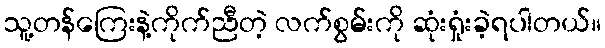
သူ့တန်ကြေးနဲ့ကိုက်ညီတဲ့ လက်စွမ်းကို ဆုံးရှုံးခဲ့ရပါတယ်။